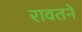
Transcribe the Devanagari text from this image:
रावतने